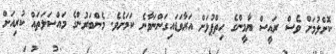
ކޮށްލުމަށް ވެސް ރައީސް ޔާމީންގެ ހިތްޕުޅަށް އަރާވަޑައިގަންނަވާނެ ކަމަށެވެ. މެންބަރުންގެ މައްސަލަތައް ކުރިއަށް